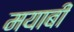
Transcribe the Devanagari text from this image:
मयाबी